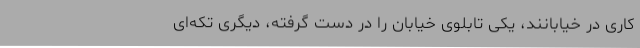
کاری در خیابانند، یکی تابلوی خیابان را در دست گرفته، دیگری تکه‌ای